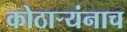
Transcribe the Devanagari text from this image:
कोठार्‍यंनाच